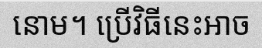
នោម។ ប្រើវិធីនេះអាច